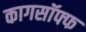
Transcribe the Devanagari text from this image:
कागसॉफ्फ